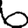
Digit: 6